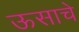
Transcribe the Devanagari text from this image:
ऊसाचे